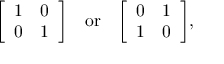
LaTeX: { \left[ \begin{array} { l l } { 1 } & { 0 } \\ { 0 } & { 1 } \end{array} \right] } \quad { \mathrm { o r } } \quad { \left[ \begin{array} { l l } { 0 } & { 1 } \\ { 1 } & { 0 } \end{array} \right] } ,